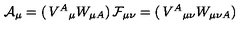
{ \cal A } _ { \mu } = \left( \begin{matrix} { V ^ { A } { } _ { \mu } } \\ { W _ { \mu A } } \\ \end{matrix} \right) { } { \cal F } _ { \mu \nu } = \left( \begin{matrix} { V ^ { A } { } _ { \mu \nu } } \\ { W _ { \mu \nu A } } \\ \end{matrix} \right)